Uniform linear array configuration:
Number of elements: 16
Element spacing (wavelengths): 0.5
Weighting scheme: binomial
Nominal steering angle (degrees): -30
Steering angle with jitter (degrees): -31.144
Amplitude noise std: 0.05
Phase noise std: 0.05

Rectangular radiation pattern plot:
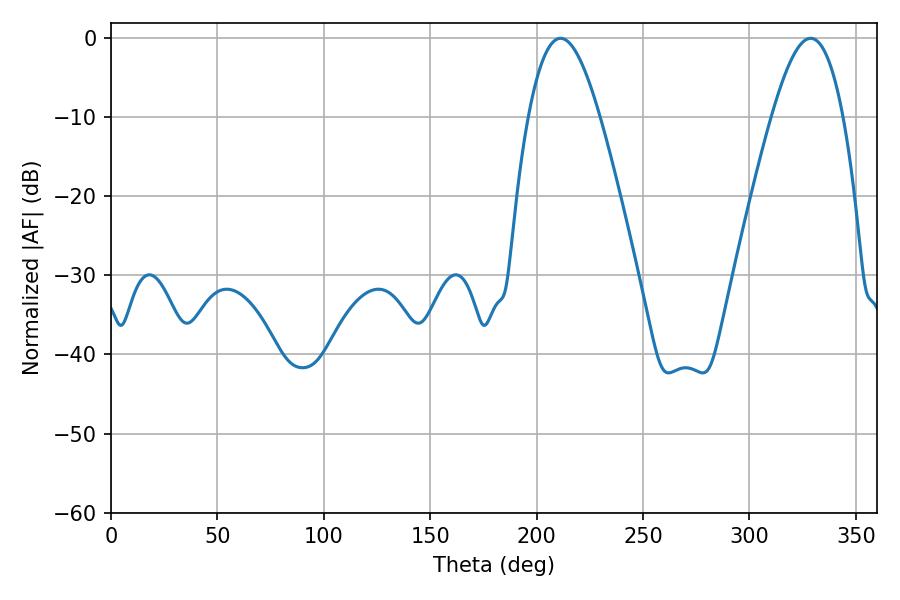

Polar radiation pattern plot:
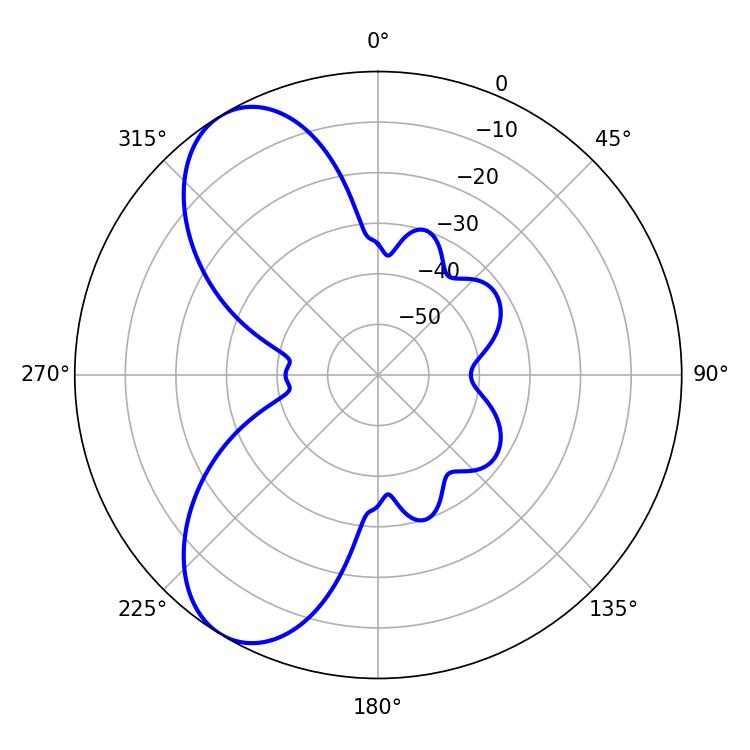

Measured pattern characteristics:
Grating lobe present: FALSE
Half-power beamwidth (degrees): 18.18
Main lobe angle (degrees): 211.32